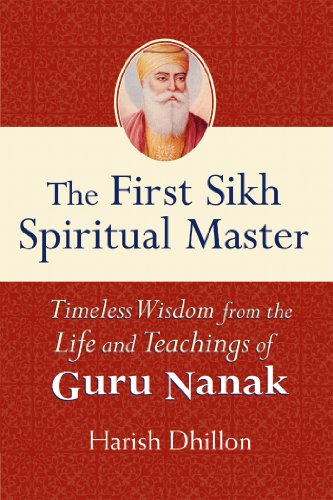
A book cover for The First Sikh Spiritual Master: Timeless Wisdom from the Life and Techniques of Guru Nanak; Harish Dhillon; Religion & Spirituality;